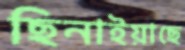
ছিনাইয়াছে